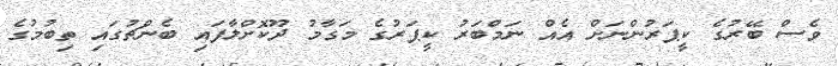
ވެސް ބޭރުގެ ކީޕަރުންނަށް އެއް ނަމްބަރު ކީޕަރުގެ މަގާމު ދޫކޮށްލާފައި ބެންޗުގައި ތިބުމުގެ